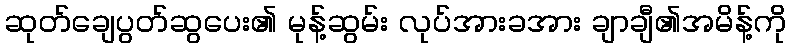
ဆုတ်ချေပွတ်ဆွပေး၏ မုန့်ဆွမ်း လုပ်အားခအား ချာချီ၏အမိန့်ကို